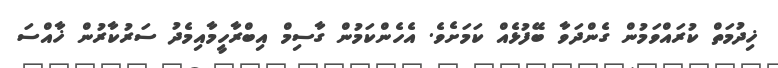
ޚިދުމަތް ކުރައްވަމުން ގެންދަވާ ބޭފުޅެއް ކަމަށެވެ. އެހެންކަމުން ގާސިމް އިބްރާހީމާއިމެދު ސަރުކާރުން ޚާއްސަ